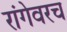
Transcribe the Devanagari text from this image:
रांगेवरच